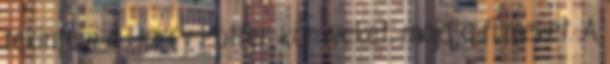
tekintem a Harry Potter könyveket, majd a filmeket. A